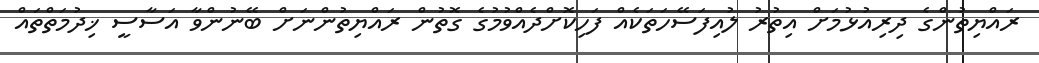
ރައްޔިތުންގެ ދިރިއުޅުމަށް އިތުރު ލުއިފަސޭހަތަކެއް ފަހިކޮށްދެއްވުމުގެ ގޮތުން ރައްޔިތުންނަށް ބޭނުންވާ އަސާސީ ޚިދުމަތްތައް